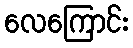
လေကြောင်း